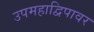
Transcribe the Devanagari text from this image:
उपमहाद्विपावर